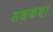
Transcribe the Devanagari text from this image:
सच्चकथा